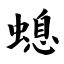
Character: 螅